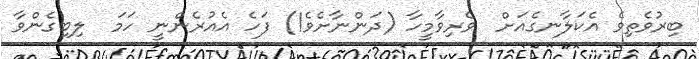
ބިރުވެތިވެ އެކަލާނގެއަށް  ވެރިވާމީހާ (ދަންނާށެވެ!) ފަހެ އެއުރެންނީ ހަމަ  ލިބިގެންވާ